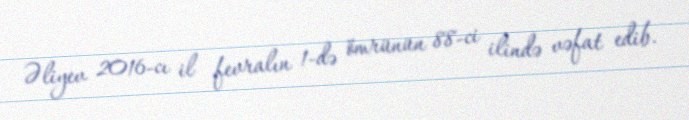
Əliyev 2016-cı il fevralın 1-də ömrünün 88-ci ilində vəfat edib.